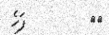
١١         ފަހެ